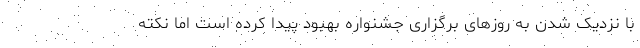
با نزدیک شدن به روزهای برگزاری جشنواره بهبود پیدا کرده است اما نکته